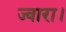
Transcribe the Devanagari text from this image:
ज्वारा।